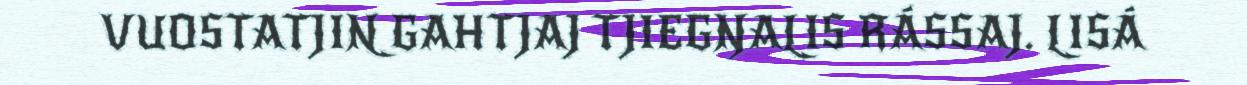
VUOSTATJIN GAHTJAJ TJIEGŊALIS RÁSSAJ. LISÁ